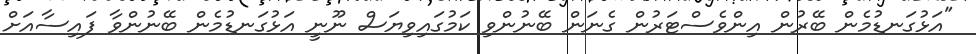
"އަޅުގަނޑުމެން ބޭރުން އިންވެސްޓަރުން ގެނަން ބޭނުންވި ކަމުގައިވިޔަސް ނޫނީ އަޅުގަނޑުމެން ބޭނުންވާ ފައިސާއަށް